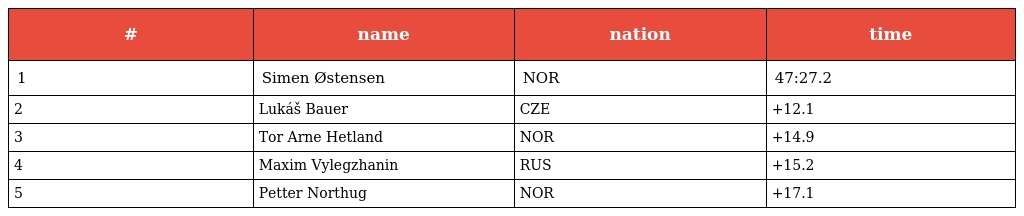
| # | name | nation | time |
 | --- | --- | --- | --- |
 | 1 | Simen Østensen | NOR | 47:27.2 |
 | 2 | Lukáš Bauer | CZE | +12.1 |
 | 3 | Tor Arne Hetland | NOR | +14.9 |
 | 4 | Maxim Vylegzhanin | RUS | +15.2 |
 | 5 | Petter Northug | NOR | +17.1 |